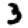
Digit: 3